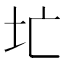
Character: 𪢷